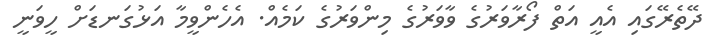
ދޭތެރޭގައި އެއީ އަތް ފޯރާވަރުގެ ވާވަރުގެ މިންވަރުގެ ކަމެއް. އެހެންވީމާ އަޅުގަނޑަށް ހީވަނީ